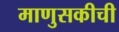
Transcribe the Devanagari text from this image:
माणुसकीची